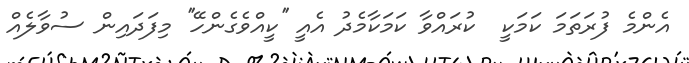
އެންމެ ފުރަތަމަ ކަމަކީ  ކުރައްވާ ކަމަކާމެދު އެއީ ''ކީއްވެގެންހޭ'' މިފަދައިން ސުވާލެއް